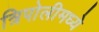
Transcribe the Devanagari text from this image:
त्रिपोलीमध्ये